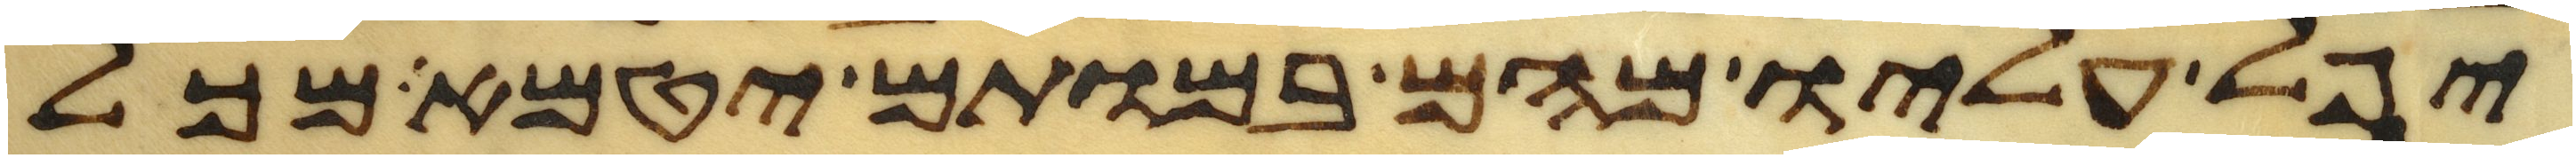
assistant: יפל עליו מהם במותם יטמא מכל